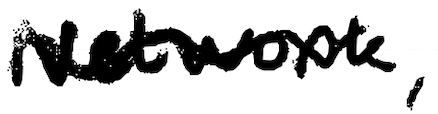
Text: Network,
Cross-out: wave
Writing tool: digital_black